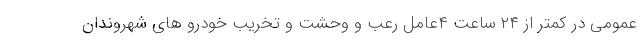
عمومی در کمتر از ۲۴ ساعت ۴عامل رعب و وحشت و تخریب خودرو های شهروندان